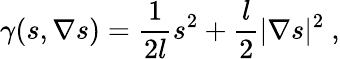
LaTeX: \gamma(s,\nabla s)=\frac{1}{2l}s^{2}+\frac{l}{2}|\nabla s|^{2}\ ,